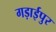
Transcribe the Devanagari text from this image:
गड़ाईपुर